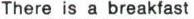
There is a breakfast